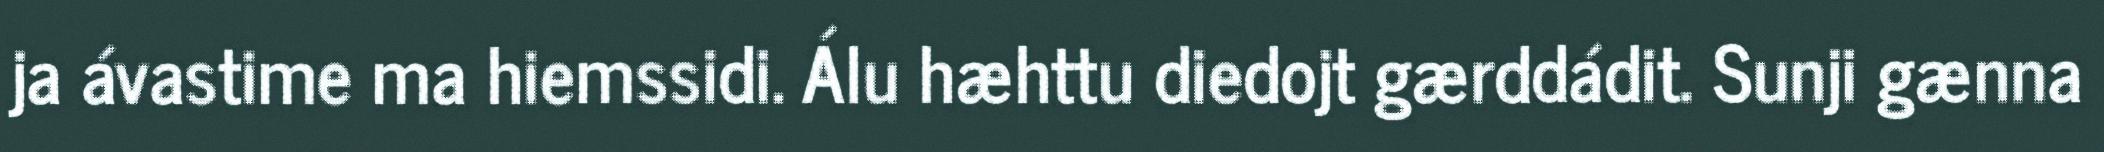
ja ávastime ma hiemssidi. Álu hæhttu diedojt gærddádit. Sunji gænna